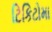
ટિકિટોમા